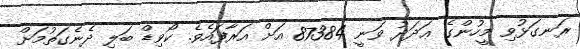
ރަނގަޅުވި މީހުންގެ ޢަދަދު ވަނީ 87384 އަށް އަރާފައެވެ. ކޯވިޑް ބަލި ދެނެގަތުމަށް